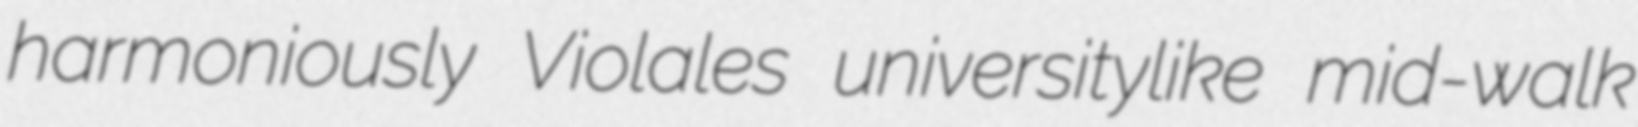
harmoniously Violales universitylike mid-walk